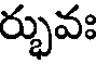
ర్భువః